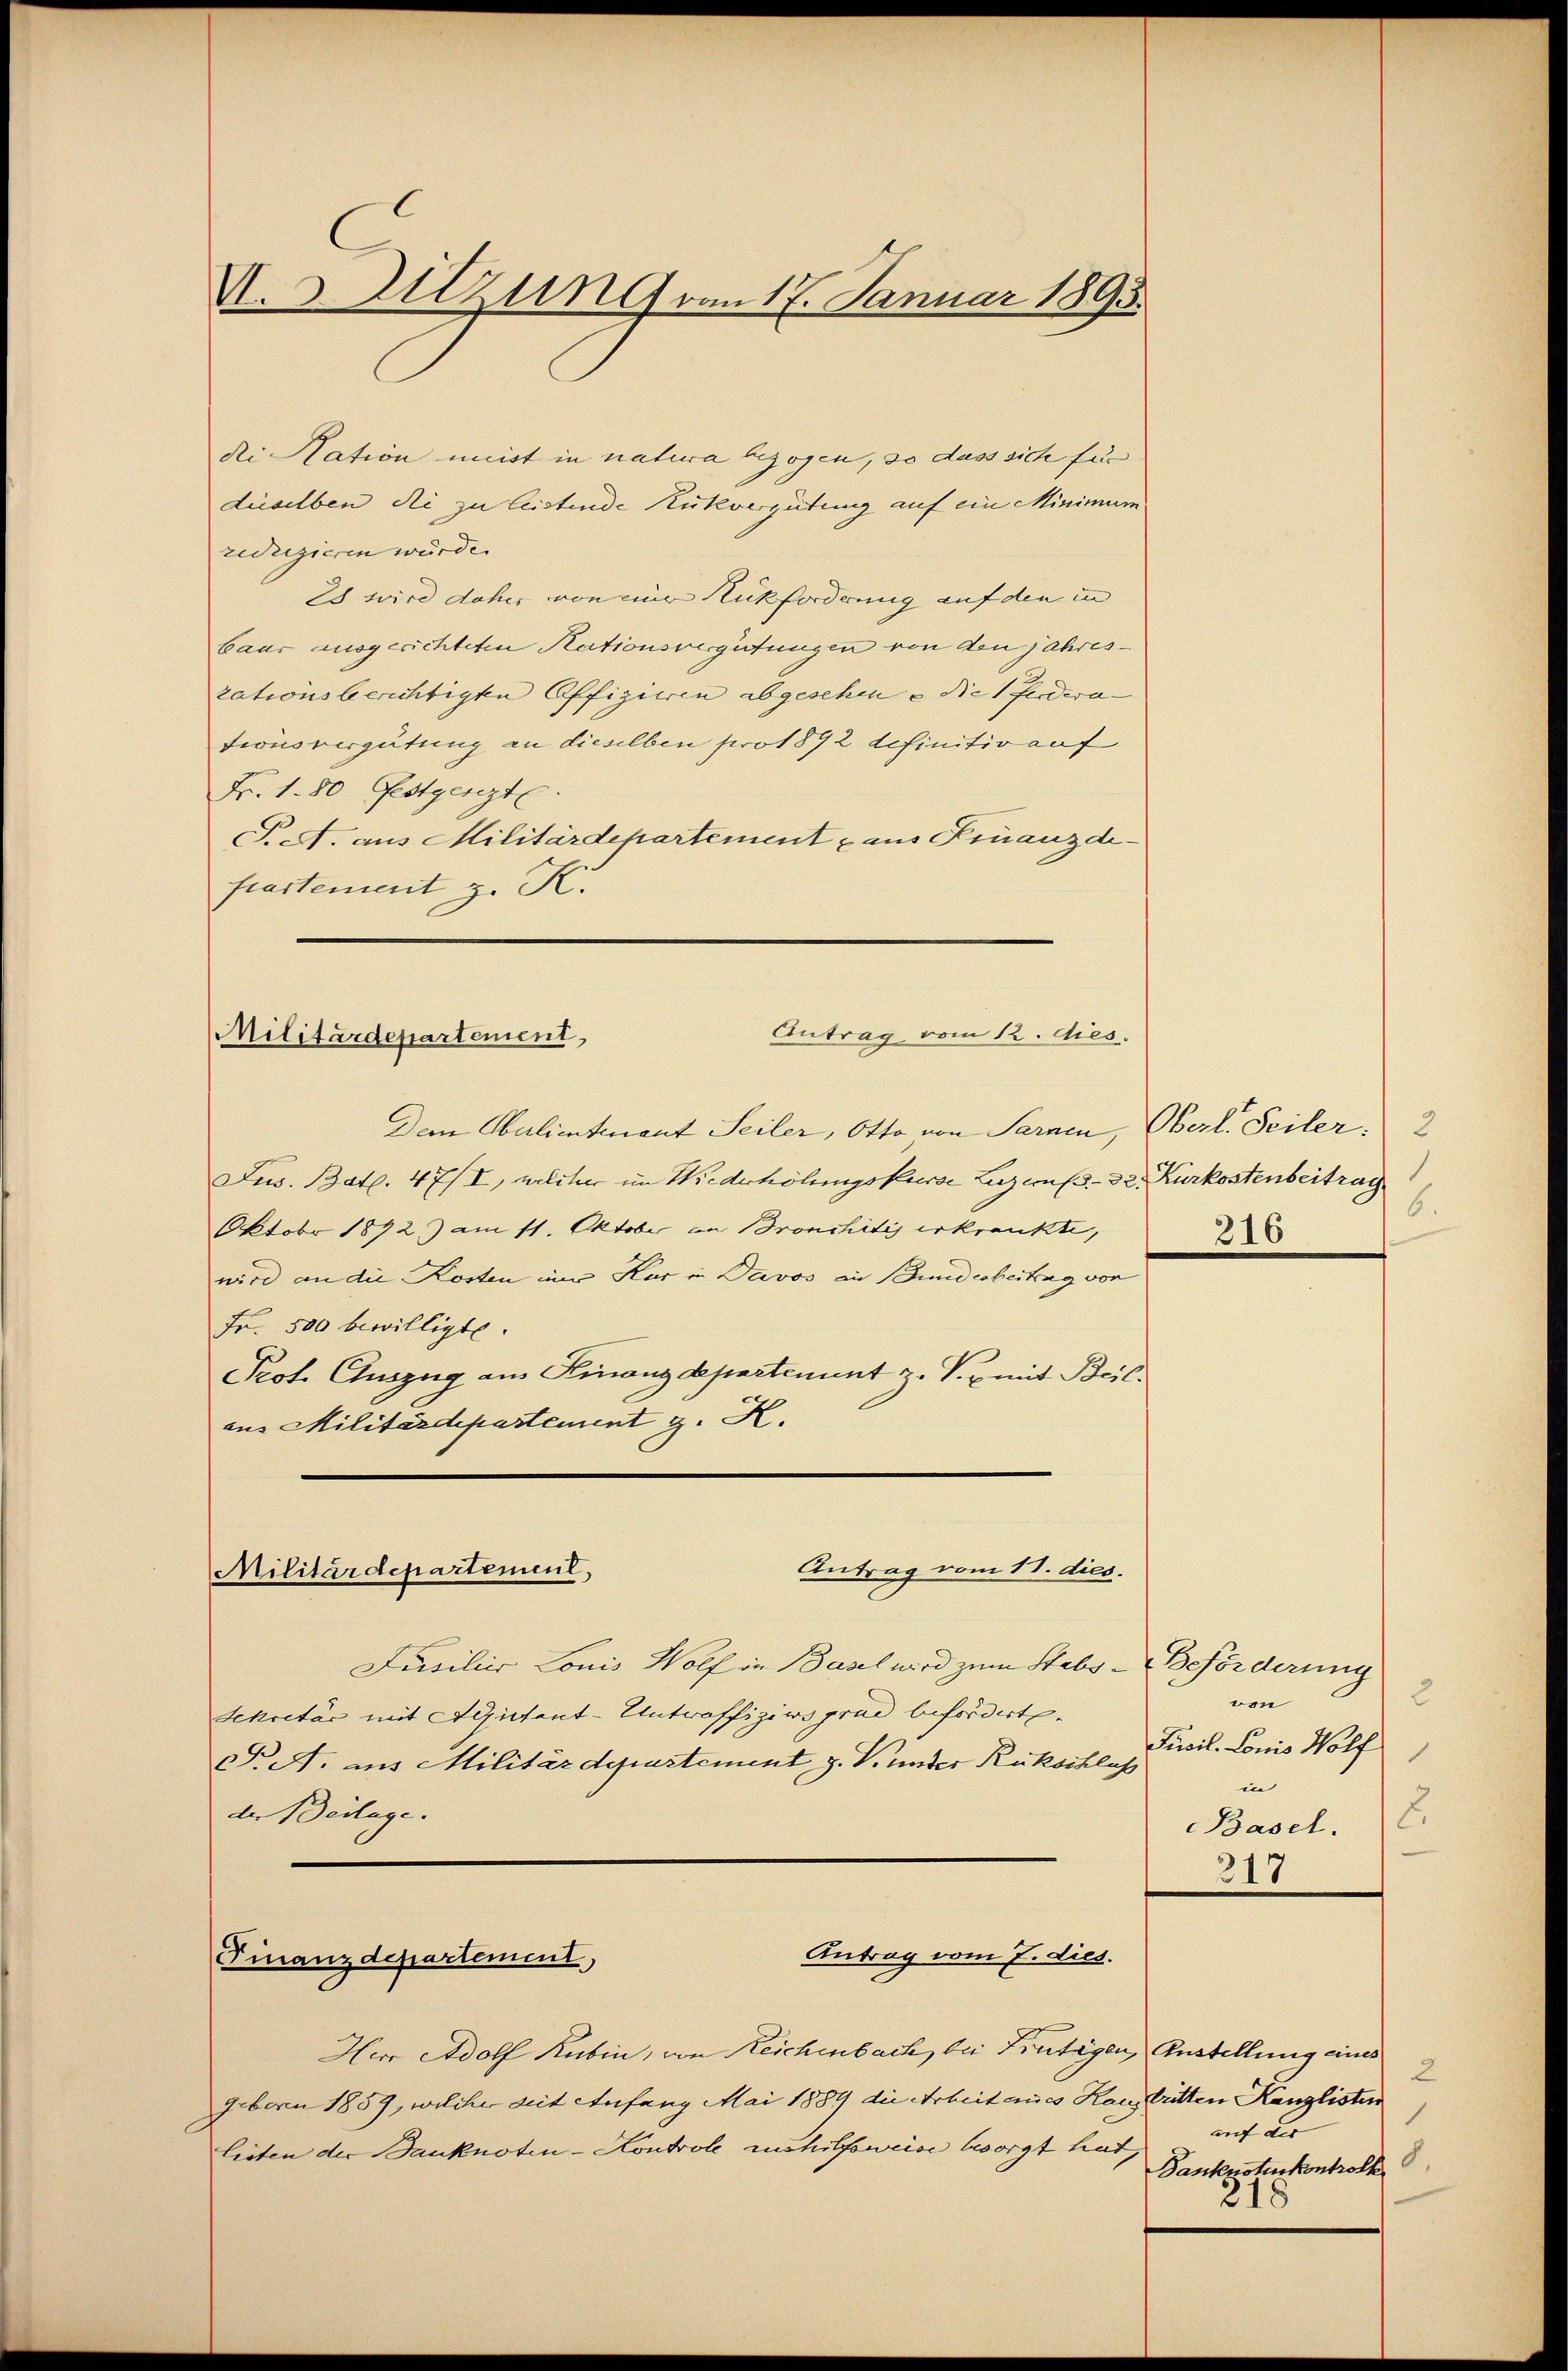
die Nation meist in natura bezogen, so dass sich für
dieselben Sei zu leistende Rückvergütung auf ein Minimum
reduzieren würde.
28 wird daher von eine Rückforderung auf den in
baur ausgerichteten Nationsvergütungen von den jahres-
zationsberichtigte Offizieren abgesehen u die Pferdero- |
tionsvergütung an dieselben pro 1892 definitiv auf
Fr. 1. 80 Festgenzt.
T. A. aus Militärdepartement aus Finanzdifrastement z. K.
Antrag vom 12. dies.
Militärdepartement,

U. s. Sitzung vom 17. Januar 1893.

Den Salientenant Seiler, Otto von Sarnen, Oberl. Seiler. 2
Jes. Bat. 47/I, welcher im Niederhöhungskurse Luzemp- 32. Kurkostenbeitrag
Oktobr 1892) am 11. Oktober an Bronchitis erkrankte,
wird an die Kosten nur Kur in Davos an Bundiobertrag von
Fr. 500 bewilligte.
Prof. Auszug am Finanzdepartement z. T. mit Beil.
aus Militärdepartement z. K.

Antrag vom 11. dies.
Militärdepartement,

Jusiliis Louis Wolf in Basel wird zum Stabs-Beförderung
Schretär mit Seitent-Untroffiziers grad beförderte
C. A. aus Militärdepostement J. V. unter Rückschlaß
de Beilage.

Antrag vom 7. dies.
Finanzdepartement,

Herr Adolf Rubin, von Reichenbach, bei Frutigen, Austellung eines
geborn 1859, welcher mit Anfang Mai 1889 die Arbeit annes Haustritten Kanzlisten
listen der Banknoten-Kontrole aushilfsweise besorgt hat,

6.
216

2
von
Jucil. Louis Wolf
.
in
.
Basel.
317

2
1
auf des |
Dantensturkontrolk
218